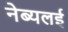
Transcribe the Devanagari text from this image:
नेब्यलई